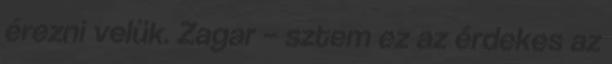
érezni velük. Zagar – sztem ez az érdekes az